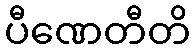
ပီဏေတီတိ